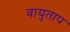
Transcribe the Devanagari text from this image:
वायुताप